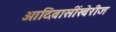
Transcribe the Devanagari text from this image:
आदिवासींखेरीज